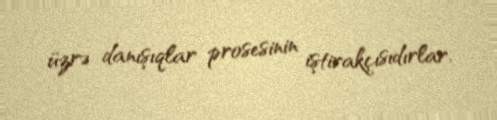
üzrə danışıqlar prosesinin iştirakçısıdırlar.